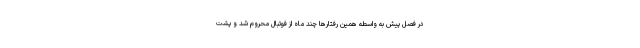
در فصل پیش به واسطه همین رفتارها چند ماه از فوتبال محروم شد و پشت